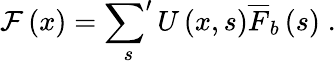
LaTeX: \begin{array}{r}{\mathcal{F}\left(x\right)=\displaystyle\sideset{}{'}\sum_{s}U\left(x,s\right)\overline{{F}}_{b}\left(s\right)\; .}\end{array}